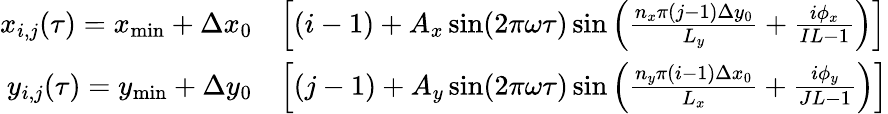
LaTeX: \begin{array}{rl}{x_{i,j}(\tau)=x_{\operatorname*{min}}+\Delta x_{0}}&{\left[(i-1)+A_{x}\sin(2\pi\omega\tau)\sin\left(\frac{n_{x}\pi(j-1)\Delta y_{0}}{L_{y}}+\frac{i\phi_{x}}{IL-1}\right)\right]}\\ {y_{i,j}(\tau)=y_{\operatorname*{min}}+\Delta y_{0}}&{\left[(j-1)+A_{y}\sin(2\pi\omega\tau)\sin\left(\frac{n_{y}\pi(i-1)\Delta x_{0}}{L_{x}}+\frac{i\phi_{y}}{JL-1}\right)\right]}\end{array}